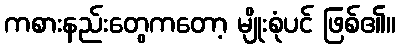
ကစားနည်းတွေကတော့ မျိုးစုံပင် ဖြစ်၏။